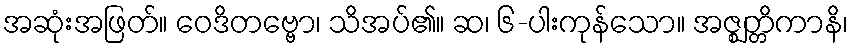
အဆုံးအဖြတ်။ ဝေဒိတဗ္ဗော၊ သိအပ်၏။ ဆ၊ ၆-ပါးကုန်သော။ အဇ္ဈတ္တိကာနိ၊